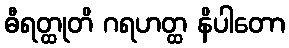
ဓီရတ္ထုတိ ဂရဟတ္ထ နိပါတော